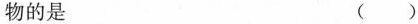
物的是 ( )